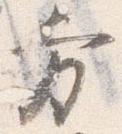
方